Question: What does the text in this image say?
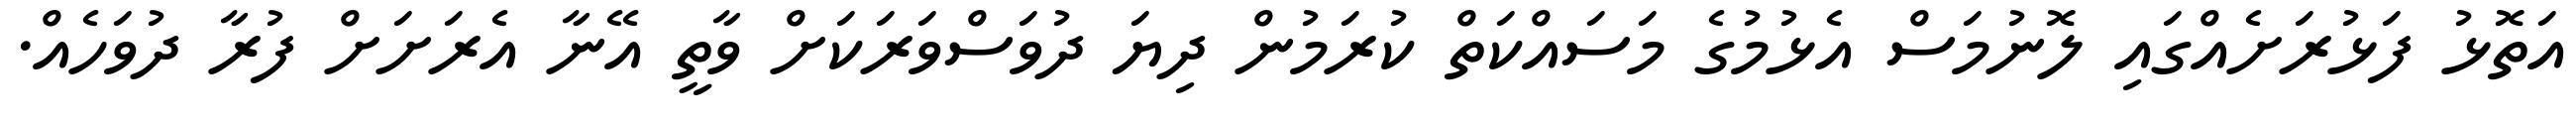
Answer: އަތޮޅު ފަޅުރަށެއްގައި ލޮނުމަސް އެޅުމުގެ މަސައްކަތް ކުރަމުން ދިޔަ ދުވަސްވަރަކަށް ވާތީ އޭނާ އެރަށަށް ފުރާ ދުވަހެއް.